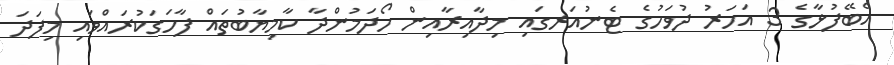
އެބޭފުޅާގެ 3 އަހަރު ދުވަހުގެ ޓެނުއަރގައި މިދާއިރާއިން ހޯދަމުންދާ ކާމިޔާބުތައް ފާހަގަކުރައްވައި މިފަދަ